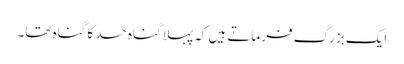
ایک بزرگ فرماتے ہیں کہ پہلا گناہ حسد کا گناہ تھا۔